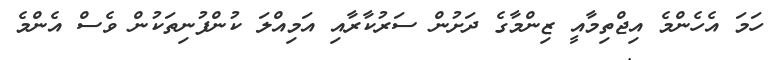
ހަމަ އެހެންމެ އިޖްތިމާއީ ޒިންމާގެ ދަށުން ސަރުކާރާއި އަމިއްލަ ކުންފުނިތަކުން ވެސް އެންމެ